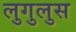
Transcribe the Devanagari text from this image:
लुगुलुस